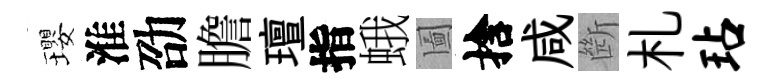
瓔淮劭膽璮指蛾圗捨咸㫁札玷